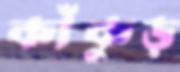
কাঁকুড়